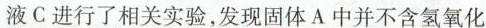
液C进行了相关实验，发现固体A中并不含氢氧化